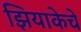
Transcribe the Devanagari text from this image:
झियाकेचे